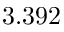
3 . 3 9 2